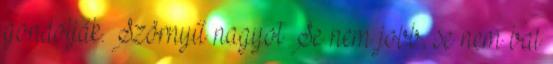
gondolják. Szörnyű nagyot Se nem jobb, se nem bal